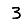
Digit: 3